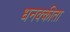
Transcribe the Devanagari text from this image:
धनक्कीता